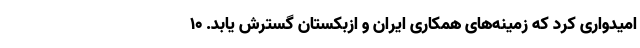
امیدواری کرد که زمینه‌های همکاری ایران و ازبکستان گسترش یابد. 10